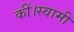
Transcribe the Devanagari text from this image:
कीं।स्वामी